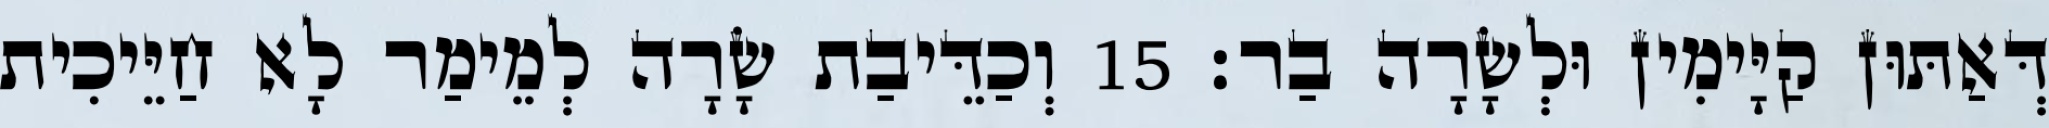
דְּאַתּוּן קַיָּימִין וּלְשָׂרָה בַר׃ 15 וְכַדֵּיבַת שָׂרָה לְמֵימַר לָא חַיֵּיכִית